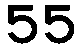
55